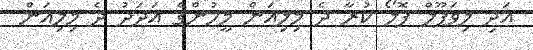
އަދި ލިވަޕޫލް ފޮލޯ ކުރާ ދެ މިލިއަން މީހުންގެ އަދަދު ދެ މިލިއަން